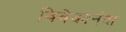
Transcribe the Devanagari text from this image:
विवेकानंदा